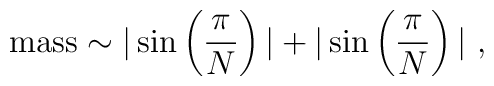
\mbox{mass} \sim |\sin\left(\frac{\pi}{N}\right)|  + |\sin\left(\frac{\pi}{N}\right)|~,